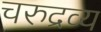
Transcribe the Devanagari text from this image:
चरुद्रव्य